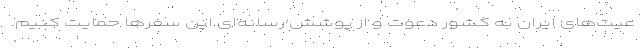
عیت‌های ایران به کشور دعوت و از پوشش رسانه‌ای این سفرها حمایت کنیم.